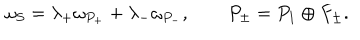
\omega _ { S } = \lambda _ { + } \omega _ { P _ { + } } + \lambda _ { - } \omega _ { P _ { - } } , \qquad P _ { \pm } = P _ { 1 } \oplus F _ { \pm } .